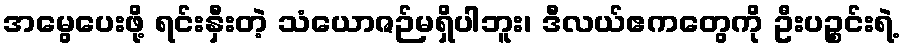
အမွေပေးဖို့ ရင်းနှီးတဲ့ သံယောဇဉ်မရှိပါဘူး၊ ဒီလယ်ဧကတွေကို ဦးပဉ္စင်းရဲ့